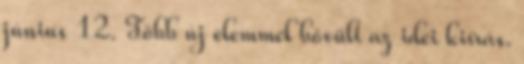
június 12. Több új elemmel bővült az idei kiírás.